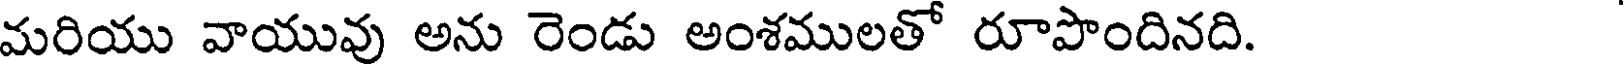
మరియు వాయువు అను రెండు అంశములతో రూపొందినది.